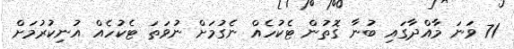
71 ވަނަ މާއްދާގައި ބުނާ ގޮތުން ޓެކުހެއް ނެގުމަށް ނުވަތަ ޓެކުހެއް އުނިކުރުމަށް